Lunatic asylums Central Provinces reports 1886-1894 - 1886-1894
Year: 1886
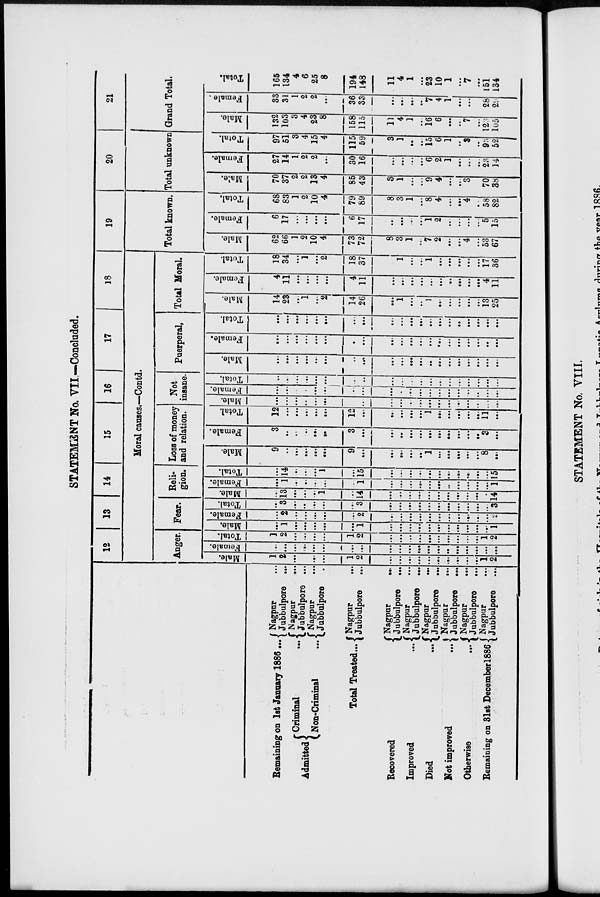
STATEMENT No. VII —Concluded.
Remaining on 1st January 1886 ...
Admitted
Criminal
...
Non-Criminal ...
Total Treated...
Recovered ...
Improved ...
Died
...
Not improved ...
Otherwise ...
Remaining on 31st December l886
Nagpur ...
Jubbulpore
Nagpur ...
Jubbulpore ...
Nagpur ...
Jubbulpore ...
Nagpur ...
Jubbulpore ...
Nagpur
...
Jubbulpore ...
Nagpur ...
Jubbulpore
...
Nagpur ...
Jubbulpore ...
Nagpur ...
Jubbulpore
...
Nagpur ...
Jubbulpore
...
Nagpur ...
Jubbulpore ...
12
13
14
15
16
17
18
Moral causes.—Contd.
Anger.
Male.
1
2
...
...
...
...
1
2
...
...
...
...
...
...
...
...
...
...
1
2
Female.
...
...
...
...
...
...
...
...
...
...
...
...
...
...
...
...
...
...
...
...
Total.
1
2
...
...
...
...
1
2
...
...
...
...
...
...
...
...
...
...
1
2
Fear.
Male.
...
1
...
...
...
...
...
1
...
...
...
...
...
...
...
...
...
...
...
1
Female.
...
2
...
...
...
...
...
2
...
...
...
...
...
...
...
...
...
...
...
2
Total.
...
3
...
...
...
...
...
3
...
...
...
...
...
...
...
...
...
...
...
3
Reli-
gion.
Male.
...
13
...
...
...
1
...
14
...
...
...
...
...
...
...
...
...
...
...
14
Female.
...
1
...
...
...
...
...
1
...
...
...
...
...
...
...
...
...
...
...
1
Total.
...
14
...
...
...
1
...
15
...
...
...
...
...
...
...
...
...
...
...
15
Loss of money
and relation.
Male.
9
...
...
...
...
...
9
...
...
...
...
...
1
...
...
...
...
...
8
...
Female.
3
...
...
...
...
...
3
...
...
...
...
...
...
...
...
...
...
...
3
...
Total.
12
...
...
...
...
...
12
...
...
...
...
...
1
...
...
...
...
...
11
...
Not
insane.
Male.
...
...
...
...
...
...
...
...
...
...
...
...
...
...
...
...
...
...
...
...
Female.
...
...
...
...
...
...
...
...
...
...
...
...
...
...
...
...
...
...
...
...
Total.
...
...
...
...
...
...
...
...
...
...
...
...
...
...
...
...
...
...
...
...
Puerperal.
Male.
...
...
...
...
...
...
...
...
...
.....
...
...
....
...
...
...
...
...
...
...
Female.
...
...
...
...
...
...
...
...
...
...
...
...
...
...
...
...
...
...
...
...
Total.
...
...
...
...
...
...
...
...
...
...
...
...
...
...
...
...
...
...
...
...
Total Moral.
Male.
14
23
...
1
...
2
14
26
...
1
...
...
1
...
...
...
...
...
13
25
Female.
4
11
...
...
...
...
4
11
...
...
...
...
...
...
...
...
...
...
4
11
Total.
18
34
...
1
...
2
18
37
...
1
...
...
1
...
...
...
...
...
17
36
19
Total known.
Male.
62
66
1
2
10
4
73
72
8
3
1
...
7
2
...
...
4
...
53
67
Female.
6
17
...
...
...
...
6
17
...
...
...
...
1
2
...
...
...
...
5
16
Total.
68
83
1
2
10
4
79
89
8
3
1
...
8
4
...
...
4
...
58
82
20
Total unknown
Male.
70
37
2
2
13
4
85
43
3
1
...
...
9
4
...
...
3
...
70
38
Female.
27
14
1
2
2
...
30
16
...
...
....
...
6
2
1
...
...
...
23
14
Total.
97
51
3
4
15
4
115
59
3
1
...
...
15
6
1
...
3
...
93
52
21
Grand Total.
Male.
132
103
3
4
23
8
158
115
11
4
1
...
16
6
...
...
7
...
123
105
Female.
33
31
1
2
2
...
36
33
...
...
...
...
7
4
1
...
...
...
28
29
Total.
165
134
4
6
25
8
194
148
11
4
1
...
23
10
1
...
7
...
151
134